NAE_kihelkonnakohtute_kirjad_ja_protokollid_1869-1889, lk 11
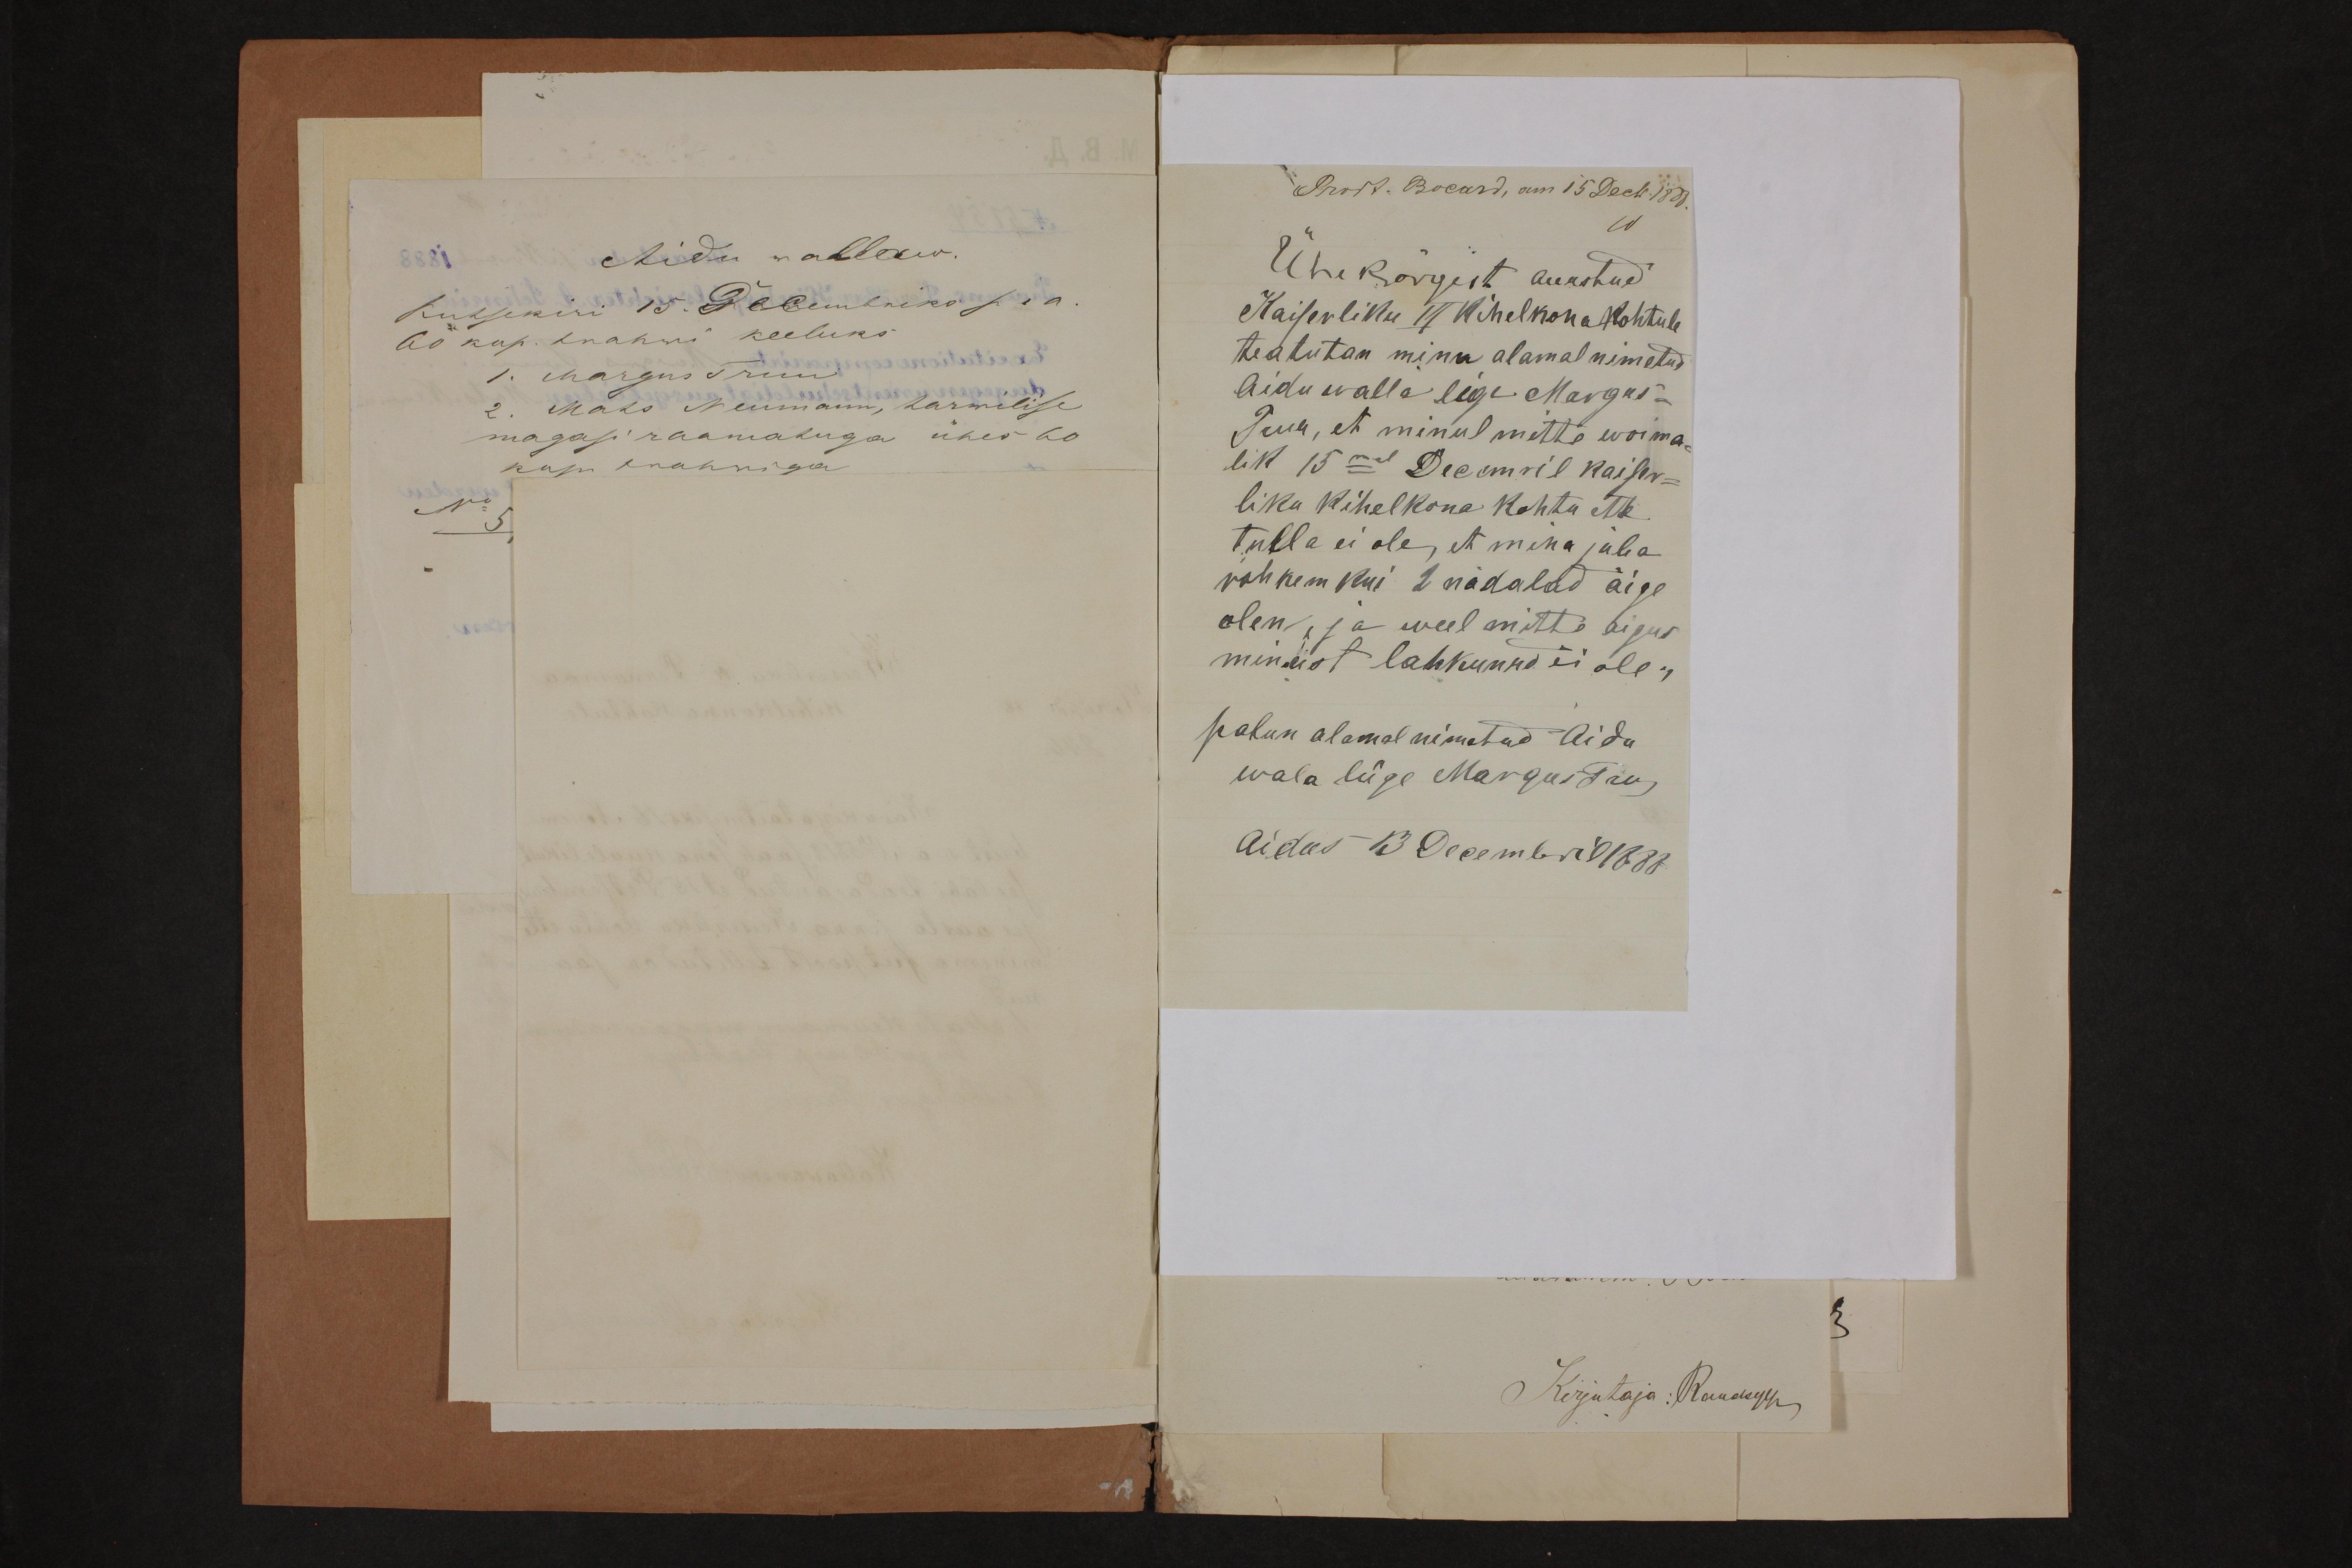
Aidu wallaw.
Kutsekiri 15. Decembriks s.a.
60 kop. trahwi keeluks
1. Margus Truu
2. Maks Neumann, tarwilise
magasi raamatuga ühes 60
kop trahwiga

Ühe kõigest auustud
Kaiserliku VI Kihelkona Kohtule
teatutan mina alamal nimetud
Aidu walla lige Margus
Truu, et minul mitte woima-
lik 15 mal Decemril kaiser-
liku kihelkona kohtu ette
tulla ei ole, et mina juba
rohkem kui 2 nädalad õige
olen, ja weel mitte aigus
minust lahkunud ei ole,
palun alamal nimetud Aidu
wala liige Margus Tru,
Aidus 13 Decembril 1888.